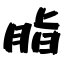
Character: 脂